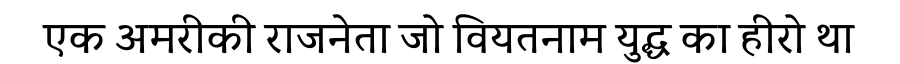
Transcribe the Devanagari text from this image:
एक अमरीकी राजनेता जो वियतनाम युद्ध का हीरो था